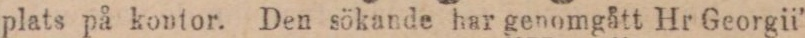
plats på kontor. Den sökande har genomgått Hr Georgii’